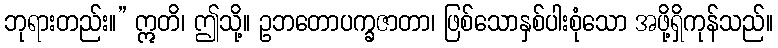
ဘုရားတည်း။” ဣတိ၊ ဤသို့။ ဥဘတောပက္ခဇာတာ၊ ဖြစ်သောနှစ်ပါးစုံသော အဖို့ရှိကုန်သည်။